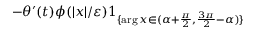
- \theta ^ { \prime } ( t ) \phi ( | x | / \varepsilon ) 1 _ { \{ \arg x \in ( \alpha + \frac { \pi } { 2 } , \frac { 3 \pi } { 2 } - \alpha ) \} }